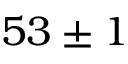
5 3 \pm 1